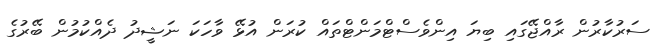
ސަރުކާރުން ރާއްޖޭގައި ބިޔަ އިންވެސްޓްމަންޓްތައް ކުރަން އުޅޭ ވާހަކަ ނަޝީދު ދެއްކުމުން ބޭރުގެ